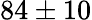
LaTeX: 84\pm 10